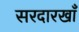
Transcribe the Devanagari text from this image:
सरदारखाँ